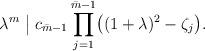
LaTeX: \begin{align*}\lambda^m \; \big|\; c_{\bar{m}-1} \prod\limits_{j=1}^{\bar{m}-1} \bigl((1+\lambda)^2 - \zeta_j\bigr).\end{align*}